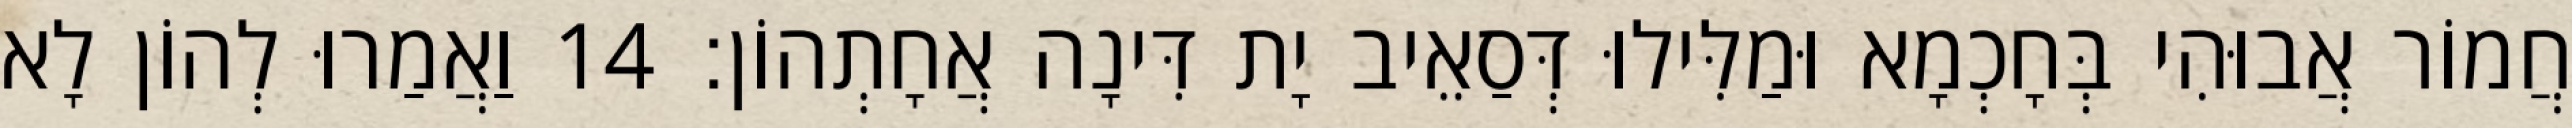
חֲמוֹר אֲבוּהִי בְּחָכְמָא וּמַלִּילוּ דְּסַאֵיב יָת דִּינָה אֲחָתְהוֹן׃ 14 וַאֲמַרוּ לְהוֹן לָא